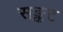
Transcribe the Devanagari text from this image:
सङ्कट